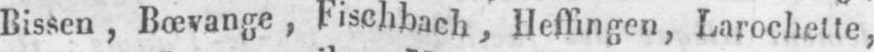
Bissen, Bœvange, Fischbach, Heffingen, Larochette,